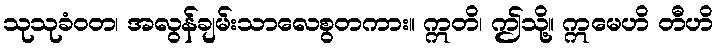
သုသုခံဝတ၊ အလွန်ချမ်းသာလေစွတကား။ ဣတိ၊ ဤသို့။ ဣမေဟိ တီဟိ